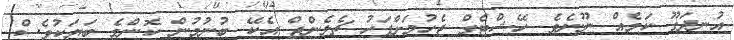
އުނދަގޫ ކަމެއް ނޫނެވެ. ހޭޝްޓެގް ޖެހުމަށްފަހު ޗެލެންޖް އެކޭ ބުނުމުން ކޮންމެ ބަޔަކުވެސް